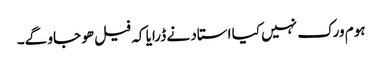
ہوم ورک نہیں کیا استاد نے ڈرایا کہ فیل ھو جاو گے۔